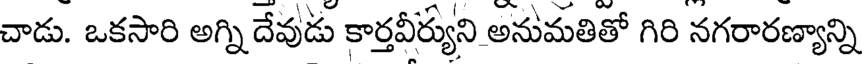
చాడు. ఒకసారి అగ్ని దేవుడు కార్తవీర్యుని అనుమతితో గిరి నగరారణ్యాన్ని